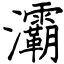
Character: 灞